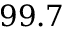
9 9 . 7